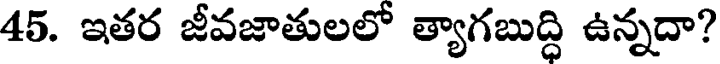
45. ఇతర జీవజాతులలో త్యాగబుద్ధి ఉన్నదా?